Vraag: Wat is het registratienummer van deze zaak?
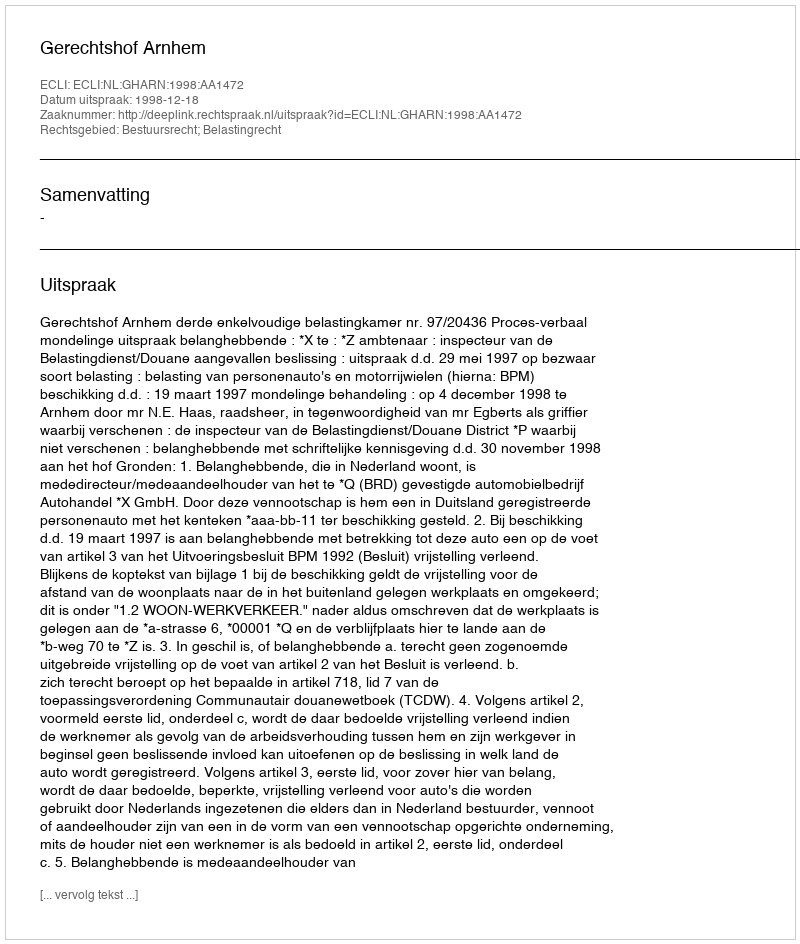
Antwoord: http://deeplink.rechtspraak.nl/uitspraak?id=ECLI:NL:GHARN:1998:AA1472